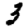
Digit: 3